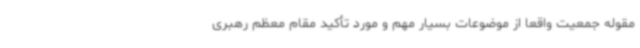
مقوله جمعیت واقعاً از موضوعات بسیار مهم و مورد تأکید مقام معظم رهبری